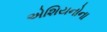
એશિયનોના